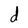
Character: d